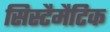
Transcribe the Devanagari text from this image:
सिस्टैमैटिक